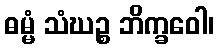
ဓမ္မံ သံဃဉ္စ ဘိက္ခဝေါ၊